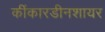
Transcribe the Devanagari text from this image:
कींकारडीनशायर